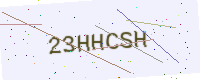
Text: 23HHCSH